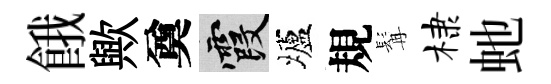
餓歟奠霞壚規髯棣虵